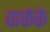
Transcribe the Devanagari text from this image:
पार्कके